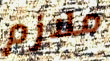
ملازم